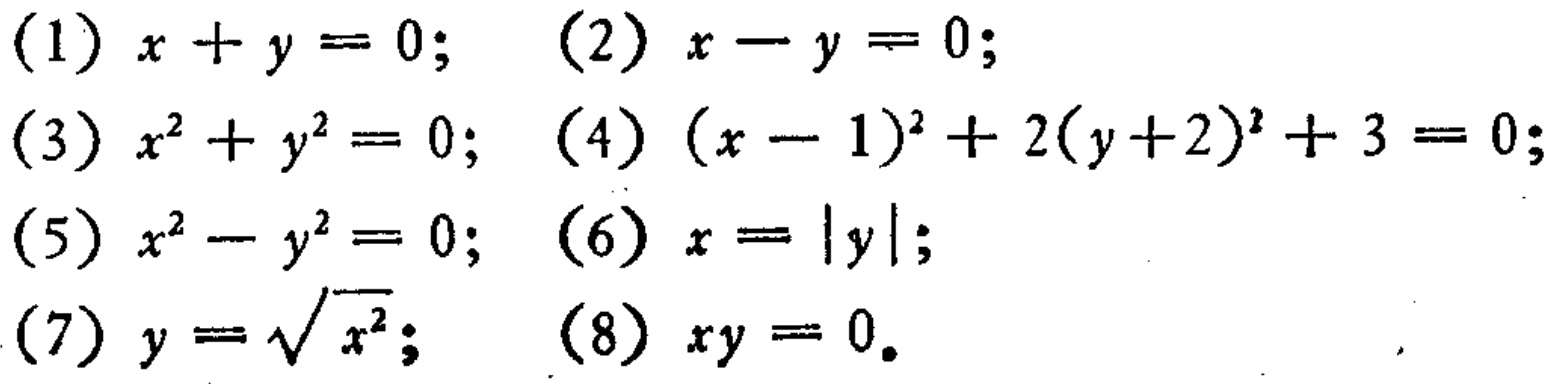
(1) \(x + y = 0\); (2) \(x - y = 0\);
(3) \(x^{2}+y^{2}=0\); (4) \((x - 1)^{2}+2(y + 2)^{2}+3 = 0\);
(5) \(x^{2}-y^{2}=0\); (6) \(x = |y|\);
(7) \(y=\sqrt{x^{2}}\); (8) \(xy = 0\).